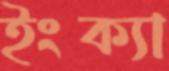
ইংক্যা